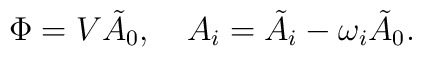
\Phi=V \tilde{A}_0, \ \ \ A_i=\tilde{A}_i-\omega_i\tilde{A}_0.